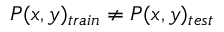
P ( x , y ) _ { t r a i n } \neq P ( x , y ) _ { t e s t }